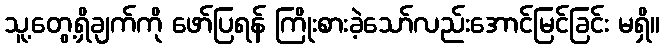
သူ့တွေ့ရှိချက်ကို ဖော်ပြရန် ကြိုးစားခဲ့သော်လည်းအောင်မြင်ခြင်း မရှိ။